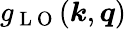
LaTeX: g_{\mathrm{~L~O~}}(\boldsymbol{k},\boldsymbol{q})